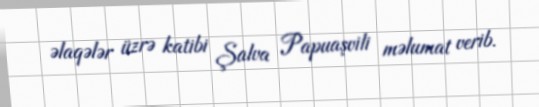
əlaqələr üzrə katibi Şalva Papuaşvili məlumat verib.